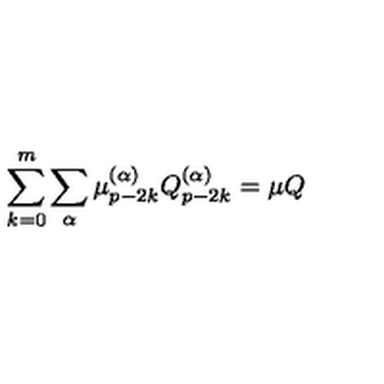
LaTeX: \sum _ { k = 0 } ^ { m } \sum _ { \alpha } \mu _ { p - 2 k } ^ { ( \alpha ) } Q _ { p - 2 k } ^ { ( \alpha ) } = \mu Q